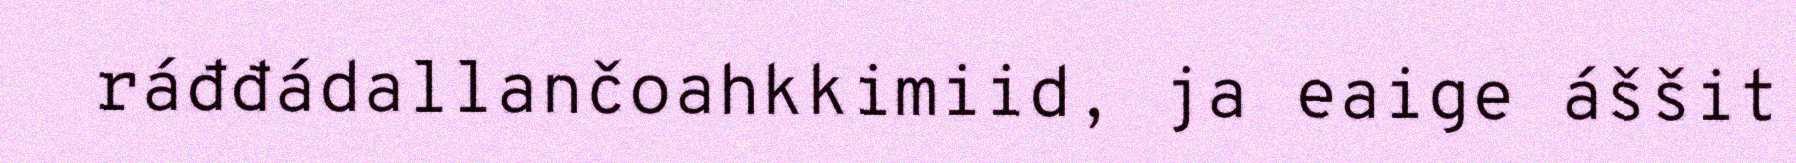
ráđđádallančoahkkimiid, ja eaige áššit